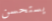
يستحسن